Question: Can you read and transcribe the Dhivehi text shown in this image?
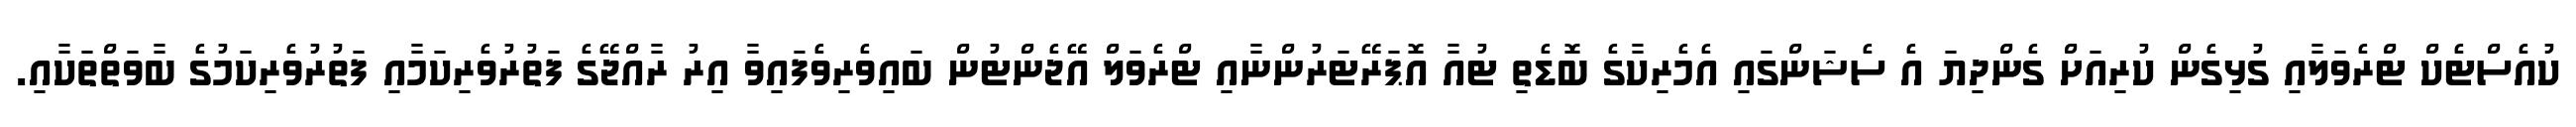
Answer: ކުއެސްޓެކް ޓްރެވަލާއި ގުޅިގެން ކުރިއަށް ގެންދިޔަ އެ ސެޝަންގައި އެމެރިކާގެ ބޮޑެތި ޓުއާ އޮޕަރޭޓަރުންނާއި ޓްރެވަލް އޭޖެންޓުން ބައިވެރިވެފައިވާ އިރު ރާއްޖޭގެ ފަތުރުވެރިކަމާއި ފަތުރުވެރިކަމުގެ ބާވަތްތަކާއި.